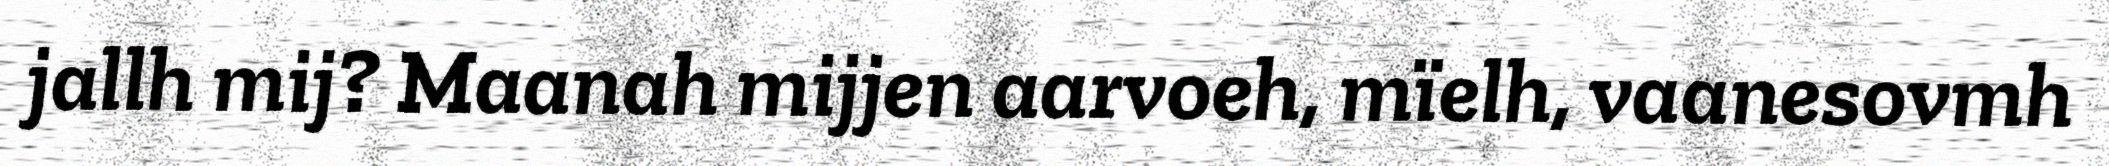
jallh mij? Maanah mijjen aarvoeh, mïelh, vaanesovmh